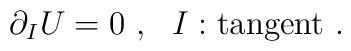
\partial_I U = 0 ~,~~ I : \mbox{tangent} ~.